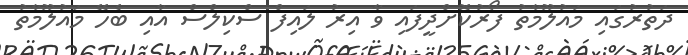
ދަތުރުގައި މައުލޫމާތު ފޯރުކޮށްދީފައި ވާ އިރު ލައިފް ސްކިލްސް އާއި ބެހޭ މައުލޫމާތު